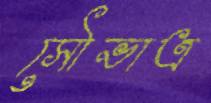
সৌভাত্র